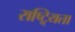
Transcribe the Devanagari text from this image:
राष्ट्र्यिता